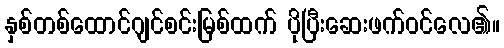
နှစ်တစ်ထောင်ဂျင်စင်းမြစ်ထက် ပိုပြီးဆေးဖက်ဝင်လေ၏။